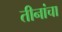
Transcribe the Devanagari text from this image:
तीनांचा